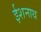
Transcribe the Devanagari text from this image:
ईशनाथ